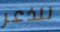
للذعر